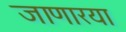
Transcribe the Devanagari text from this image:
जाणारया